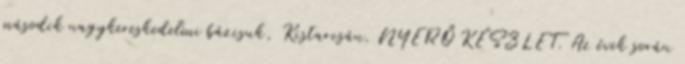
második nagykereskedelmi bázisuk, Kistarcsán. NYERŐ KÉSZLET. Az évek során